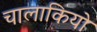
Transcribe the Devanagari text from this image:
चालाकियो